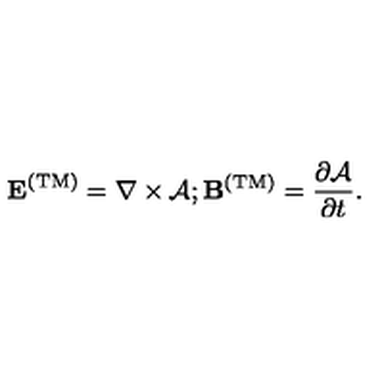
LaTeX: { \bf E } ^ { \mathrm { ( T M ) } } = \nabla \times \mathrm { \boldmath \cal A } ; { \bf B } ^ { \mathrm { ( T M ) } } = { \frac { \partial \mathrm { \boldmath \cal A } } { \partial t } } .